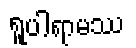
ရူပါရာမဿ